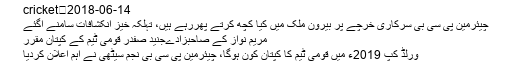
cricket	2018-06-14
چیئرمین پی سی بی سرکاری خرچے پر بیرون ملک میں کیا کچھ کرتے پھررہے ہیں، تہلکہ خیز انکشافات سامنے آگئے
مریم نواز کے صاحبزادےجنید صفدر قومی ٹیم کے کپتان مقرر
ورلڈ کپ 2019ء میں قومی ٹیم کا کپتان کون ہوگا، چیئرمین پی سی بی نجم سیٹھی نے اہم اعلان کردیا